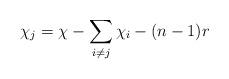
LaTeX: \begin{align*}\chi_j = \chi - \sum\limits_{i \neq j} \chi_i - (n-1)r\end{align*}